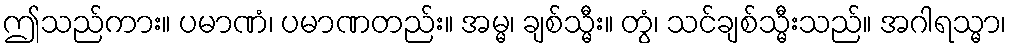
ဤသည်ကား။ ပမာဏံ၊ ပမာဏတည်း။ အမ္မ၊ ချစ်သ္မီး။ တွံ၊ သင်ချစ်သ္မီးသည်။ အဂါရသ္မာ၊